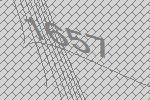
1657